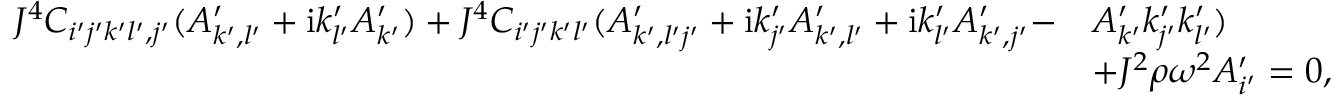
\begin{array} { r l } { J ^ { 4 } C _ { i ^ { \prime } j ^ { \prime } k ^ { \prime } l ^ { \prime } , j ^ { \prime } } ( A _ { k ^ { \prime } , l ^ { \prime } } ^ { \prime } + \mathrm { i } k _ { l ^ { \prime } } ^ { \prime } A _ { k ^ { \prime } } ^ { \prime } ) + J ^ { 4 } C _ { i ^ { \prime } j ^ { \prime } k ^ { \prime } l ^ { \prime } } ( A _ { k ^ { \prime } , l ^ { \prime } j ^ { \prime } } ^ { \prime } + \mathrm { i } k _ { j ^ { \prime } } ^ { \prime } A _ { k ^ { \prime } , l ^ { \prime } } ^ { \prime } + \mathrm { i } k _ { l ^ { \prime } } ^ { \prime } A _ { k ^ { \prime } , j ^ { \prime } } ^ { \prime } - } & { A _ { k ^ { \prime } } ^ { \prime } k _ { j ^ { \prime } } ^ { \prime } k _ { l ^ { \prime } } ^ { \prime } ) } \\ & { + J ^ { 2 } \rho \omega ^ { 2 } A _ { i ^ { \prime } } ^ { \prime } = 0 , } \end{array}